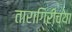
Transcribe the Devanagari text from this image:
तारागिरीच्या